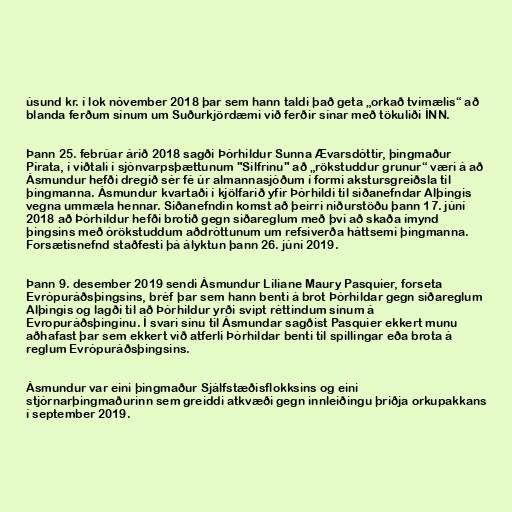
ús­und kr. í lok nóvember 2018 þar sem hann taldi það geta „orkað tvímælis“ að
blanda ferðum sínum um Suðurkjördæmi við ferðir sínar með tökuliði ÍNN.

Þann 25. febrúar árið 2018 sagði Þórhildur Sunna Ævarsdóttir, þingmaður
Pírata, í viðtali í sjónvarpsþættunum "Silfrinu" að „rökstuddur grunur“ væri á að
Ásmundur hefði dregið sér fé úr almannasjóðum í formi akstursgreiðsla til
þingmanna. Ásmundur kvartaði í kjölfarið yfir Þórhildi til siðanefndar Alþingis
vegna ummæla hennar. Siðanefndin komst að þeirri niðurstöðu þann 17. júní
2018 að Þórhildur hefði brotið gegn siðareglum með því að skaða ímynd
þingsins með órökstuddum aðdróttunum um refsiverða háttsemi þingmanna.
Forsætisnefnd staðfesti þá ályktun þann 26. júní 2019.

Þann 9. desember 2019 sendi Ásmundur Lili­ane Maury Pasqu­i­er, forseta
Evrópuráðsþingsins, bréf þar sem hann benti á brot Þórhildar gegn siðareglum
Alþingis og lagði til að Þórhildur yrði svipt réttindum sínum á
Evropuráðsþinginu. Í svari sínu til Ásmundar sagðist Pasquier ekkert munu
aðhafast þar sem ekkert við atferli Þórhildar benti til spill­ing­ar eða brota á
regl­um Evr­ópuráðsþings­ins.

Ásmundur var eini þingmaður Sjálfstæðisflokksins og eini
stjórnarþingmaðurinn sem greiddi atkvæði gegn innleiðingu þriðja orkupakkans
í september 2019.